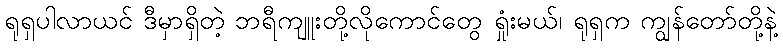
ရုရှပါလာယင် ဒီမှာရှိတဲ့ ဘရီကျူးတို့လိုကောင်တွေ ရှုံးမယ်၊ ရုရှက ကျွန်တော်တို့နဲ့